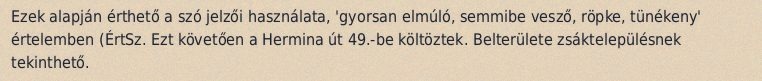
Ezek alapján érthető a szó jelzői használata, 'gyorsan elmúló, semmibe vesző, röpke, tünékeny' értelemben (ÉrtSz. Ezt követően a Hermina út 49.-be költöztek. Belterülete zsáktelepülésnek tekinthető.